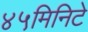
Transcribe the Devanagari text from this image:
४५मिनिटे